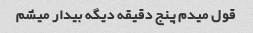
قول میدم پنج دقیقه دیگه بیدار میشم